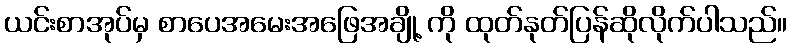
ယင်းစာအုပ်မှ စာပေအမေးအဖြေအချို့ ကို ထုတ်နုတ်ပြန်ဆိုလိုက်ပါသည်။